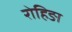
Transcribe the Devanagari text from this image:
रोहिङा